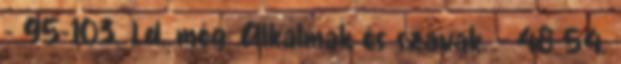
- 95-103. Ld. még: Alkalmak és szavak. – 48-54.